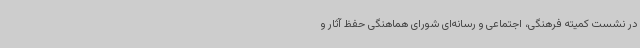
در نشست کمیته فرهنگی، اجتماعی و رسانه‌ای شورای هماهنگی حفظ آثار و